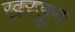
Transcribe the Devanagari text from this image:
खरडून